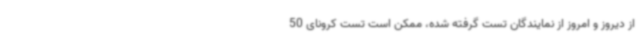
از دیروز و امروز از نمایندگان تست گرفته شده، ممکن است تست کرونای 50